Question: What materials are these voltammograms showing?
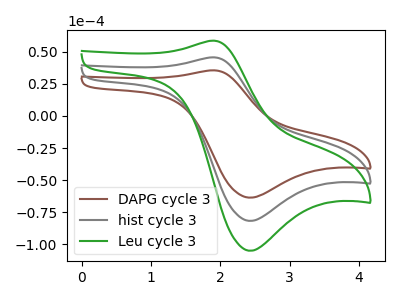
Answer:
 <answer>The brown curve is labeled "DAPG cycle 3". The gray curve is labeled "hist cycle 3". The green curve is labeled "Leu cycle 3".</answer>
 <eval></eval>